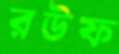
রঊফ